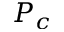
P _ { c }